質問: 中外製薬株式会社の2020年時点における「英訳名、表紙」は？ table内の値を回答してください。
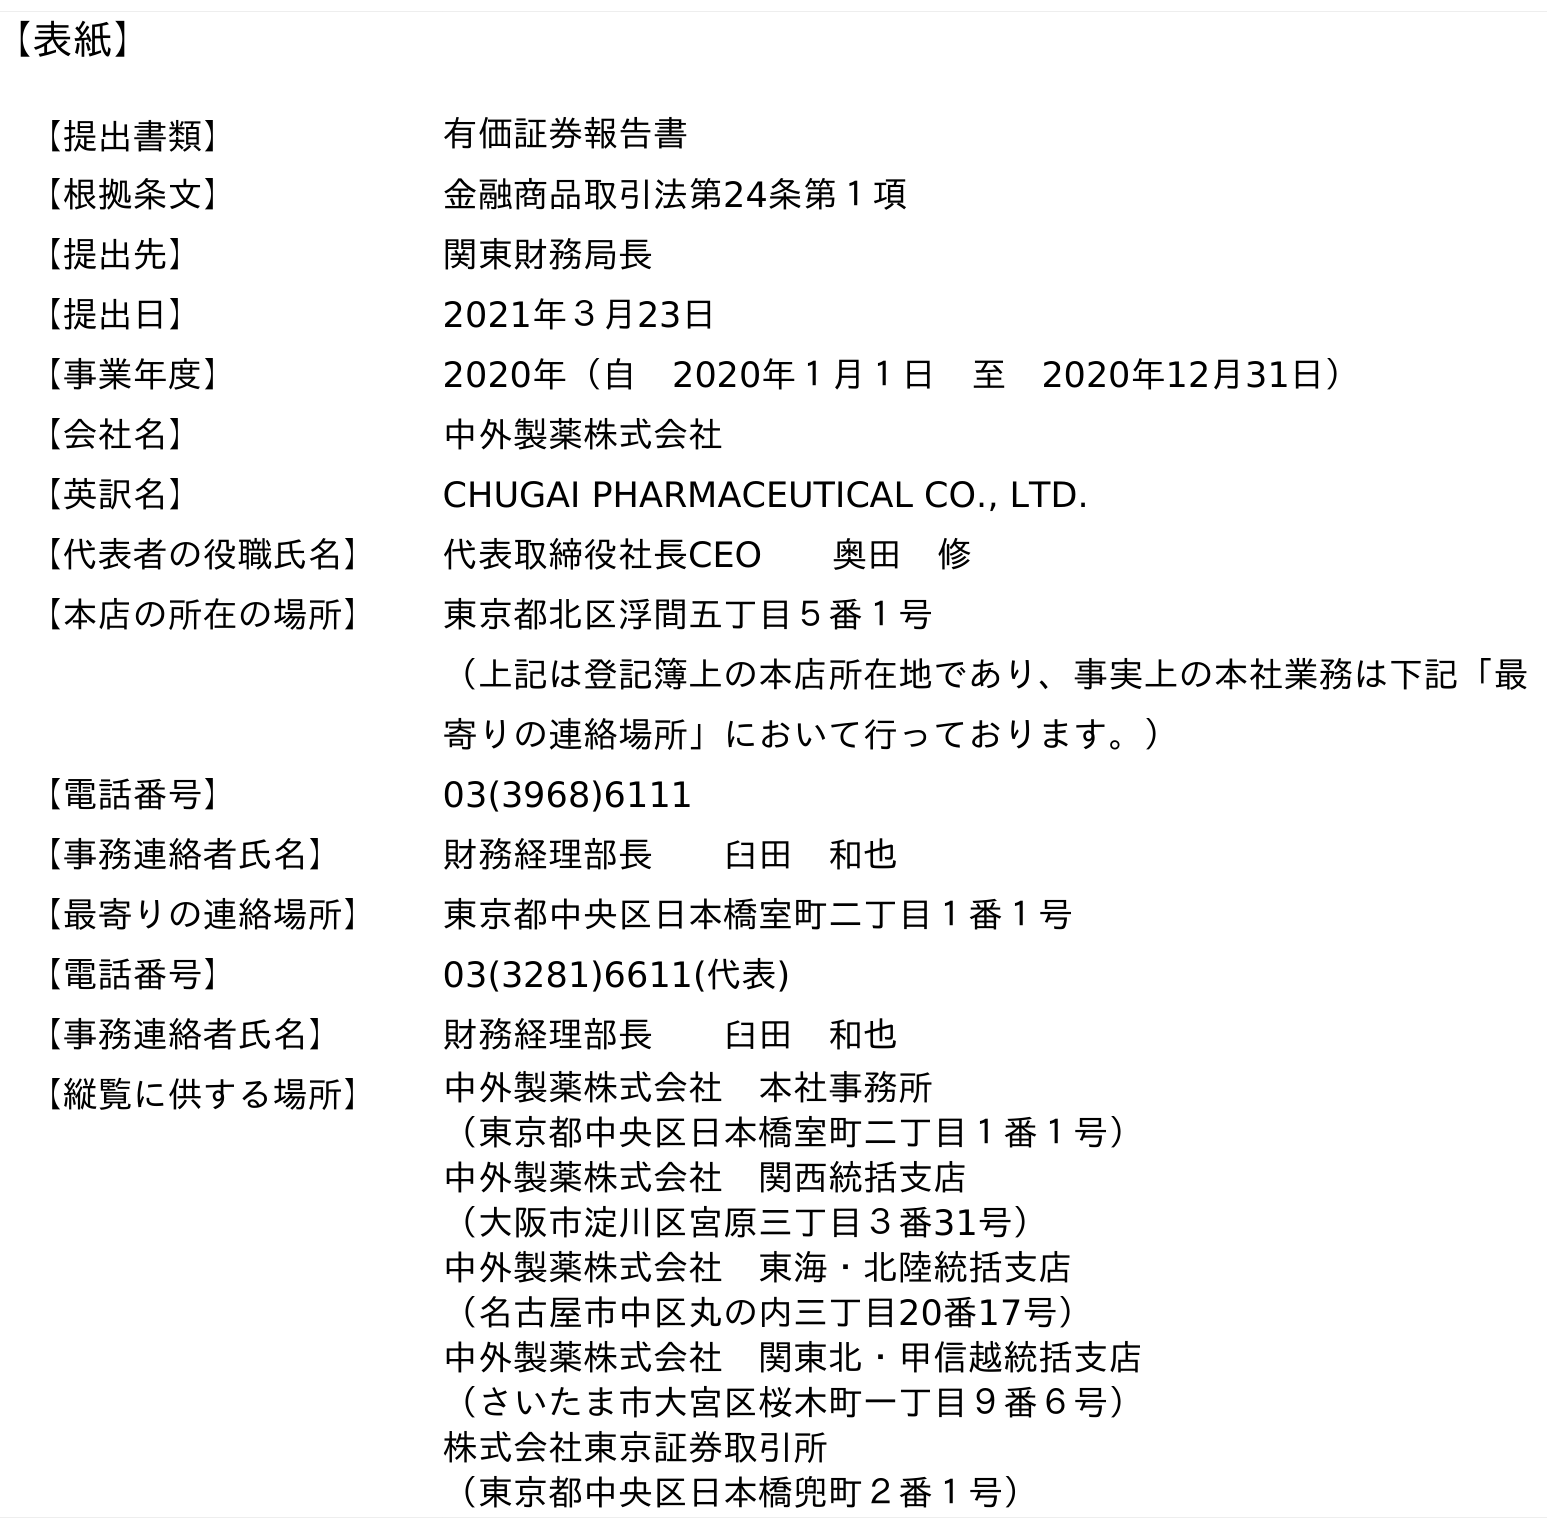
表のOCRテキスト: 【表紙】 【提出書類】 有価証券報告書 【根拠条文】 金融商品取引法第24条第１項 【提出先】 関東財務局長 【提出日】 2021年３月23日 【事業年度】 2020年（自 2020年１月１日 至 2020年12月31日） 【会社名】 中外製薬株式会社 【英訳名】 CHUGAI PHARMACEUTICAL CO., LTD. 【代表者の役職氏名】 代表取締役社長CEO  奥田 修 【本店の所在の場所】 東京都北区浮間五丁目５番１号 （上記は登記簿上の本店所在地であり、事実上の本社業務は下記「最 寄りの連絡場所」において行っております。） 【電話番号】 03(3968)6111 【事務連絡者氏名】 財務経理部長  臼田 和也 【最寄りの連絡場所】 東京都中央区日本橋室町二丁目１番１号 【電話番号】 03(3281)6611(代表) 【事務連絡者氏名】 財務経理部長  臼田 和也 【縦覧に供する場所】 中外製薬株式会社 本社事務所 （東京都中央区日本橋室町二丁目１番１号） 中外製薬株式会社 関西統括支店 （大阪市淀川区宮原三丁目３番31号） 中外製薬株式会社 東海・北陸統括支店 （名古屋市中区丸の内三丁目20番17号） 中外製薬株式会社 関東北・甲信越統括支店 （さいたま市大宮区桜木町一丁目９番６号） 株式会社東京証券取引所 （東京都中央区日本橋兜町２番１号）
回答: CHUGAI PHARMACEUTICAL CO., LTD.